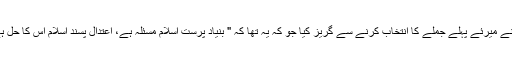
تم نے میرئے پہلے جملے کا انتخاب کرنے سے گریز کیا جو کہ یہ تھا کہ " بنیاد پرست اسلام مسئلہ ہے، اعتدال پسند اسلام اس کا حل ہے۔